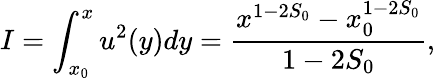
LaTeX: I=\int_{x_{0}}^{x}u^{2}(y)dy=\frac{x^{1-2S_{0}}-x_{0}^{1-2S_{0}}}{1-2S_{0}},